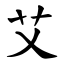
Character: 艾